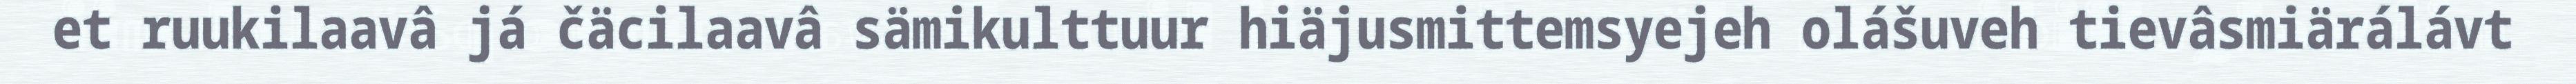
et ruukilaavâ já čäcilaavâ sämikulttuur hiäjusmittemsyejeh olášuveh tievâsmiärálávt